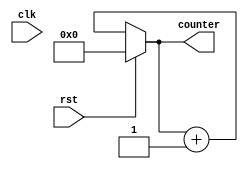
module sync_up(
    input clk,
    input rst,output [3:0]counter);
    reg [3:0]counter_up;
 always@(clk or rst)
 begin
 if(rst)
 counter_up<=4'd0;
 else
 counter_up<=counter_up+4'd1;
 end
 assign counter=counter_up;
endmodule